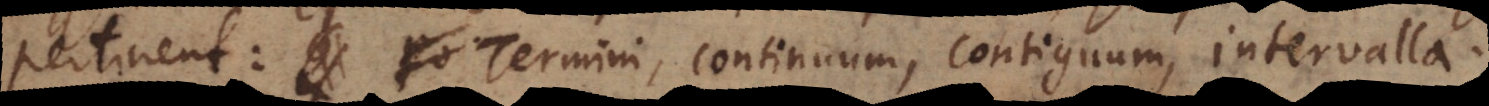
pertinent: Termini, continuum, contiguum, intervalla.